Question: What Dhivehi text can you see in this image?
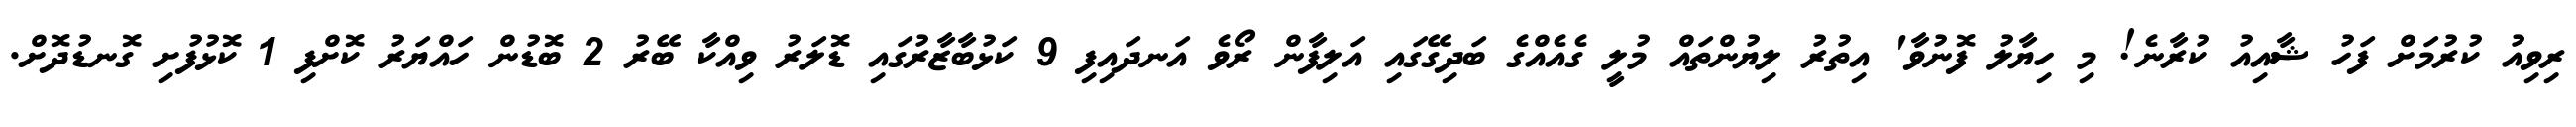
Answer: ރިވިއު ކުރުމަށް ފަހު ޝާއިއު ކުރާނެ! މި ހިޔާލު ފޮނުވާ' އިތުރު ލިޔުންތައް މުލީ ގެއެއްގެ ބަދިގޭގައި އަލިފާން ރޯވެ އަނދައިފި 9 ކަޅުބާޒާރުގައި ޑޮލަރު ވިއްކާ ބޭރު 2 ބޮޑުން ހައްޔަރު ކޮށްފި 1 ކޮޅުފުށި ގޮނޑުދޮށް.